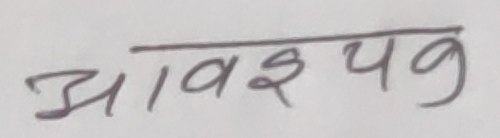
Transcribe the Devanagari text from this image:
आवश्यक्